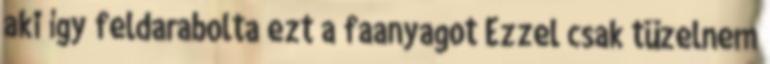
aki így feldarabolta ezt a faanyagot Ezzel csak tüzelnem